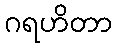
ဂရဟိတာ